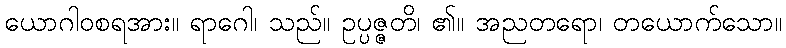
ယောဂါဝစရအား။ ရာဂေါ၊ သည်။ ဥပ္ပဇ္ဇတိ၊ ၏။ အညတရော၊ တယောက်သော။